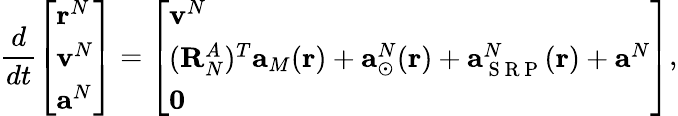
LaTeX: \frac{d}{dt}\left[\begin{array}{l}{\mathbf{r}^{N}}\\ {\mathbf{v}^{N}}\\ {\mathbf{a}^{N}}\end{array}\right]=\left[\begin{array}{l}{\mathbf{v}^{N}}\\ {(\mathbf{R}_{N}^{A})^{T}\mathbf{a}_{M}(\mathbf{r})+\mathbf{a}_{\odot}^{N}(\mathbf{r})+\mathbf{a}_{\mathrm{~S~R~P~}}^{N}(\mathbf{r})+\mathbf{a}^{N}}\\ {\mathbf{0}}\end{array}\right],